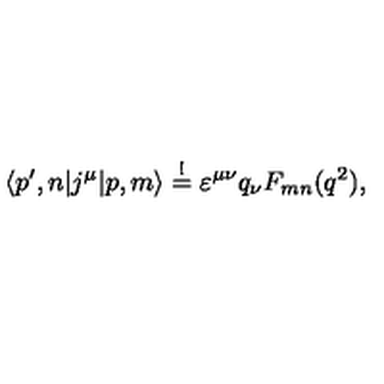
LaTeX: \langle p ^ { \prime } , n | j ^ { \mu } | p , m \rangle \stackrel { ! } { = } \varepsilon ^ { \mu \nu } q _ { \nu } F _ { m n } ( q ^ { 2 } ) ,